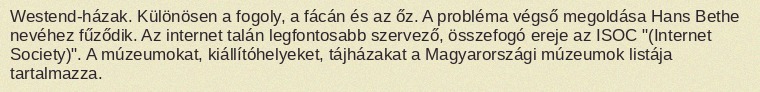
Westend-házak. Különösen a fogoly, a fácán és az őz. A probléma végső megoldása Hans Bethe nevéhez fűződik. Az internet talán legfontosabb szervező, összefogó ereje az ISOC "(Internet Society)". A múzeumokat, kiállítóhelyeket, tájházakat a Magyarországi múzeumok listája tartalmazza.